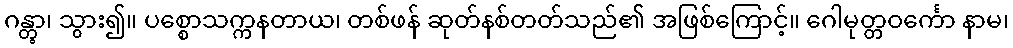
ဂန္တွာ၊ သွား၍။ ပစ္စောသက္ကနတာယ၊ တစ်ဖန် ဆုတ်နစ်တတ်သည်၏ အဖြစ်ကြောင့်။ ဂေါမုတ္တဝင်္ကော နာမ၊